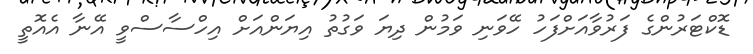
ޑޮކްޓަރުންގެ ފަރުވާއަށްފަހު ހޭވަނި ވަމުން ދިޔަ ވަގުތު އިޔަންއަށް އިހްސާސްވީ އޭނާ އެއޮތީ